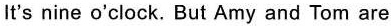
It's nine o'clock. But Amy and Tom are